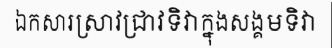
ឯកសារស្រាវជ្រាវទិវាក្នុងសង្គមទិវា